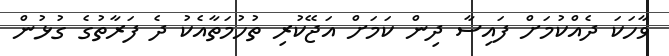
ވާހަކަ ދެއްކުމަށް ފައިސާ ދިން ކަމަށް އަޖޭކުރި ތުހުމަތާއެކު ދެ ފަރާތުގެ ގުޅުން